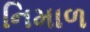
નિમાળ